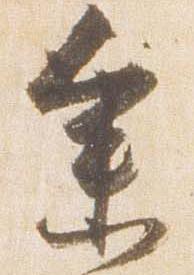
参